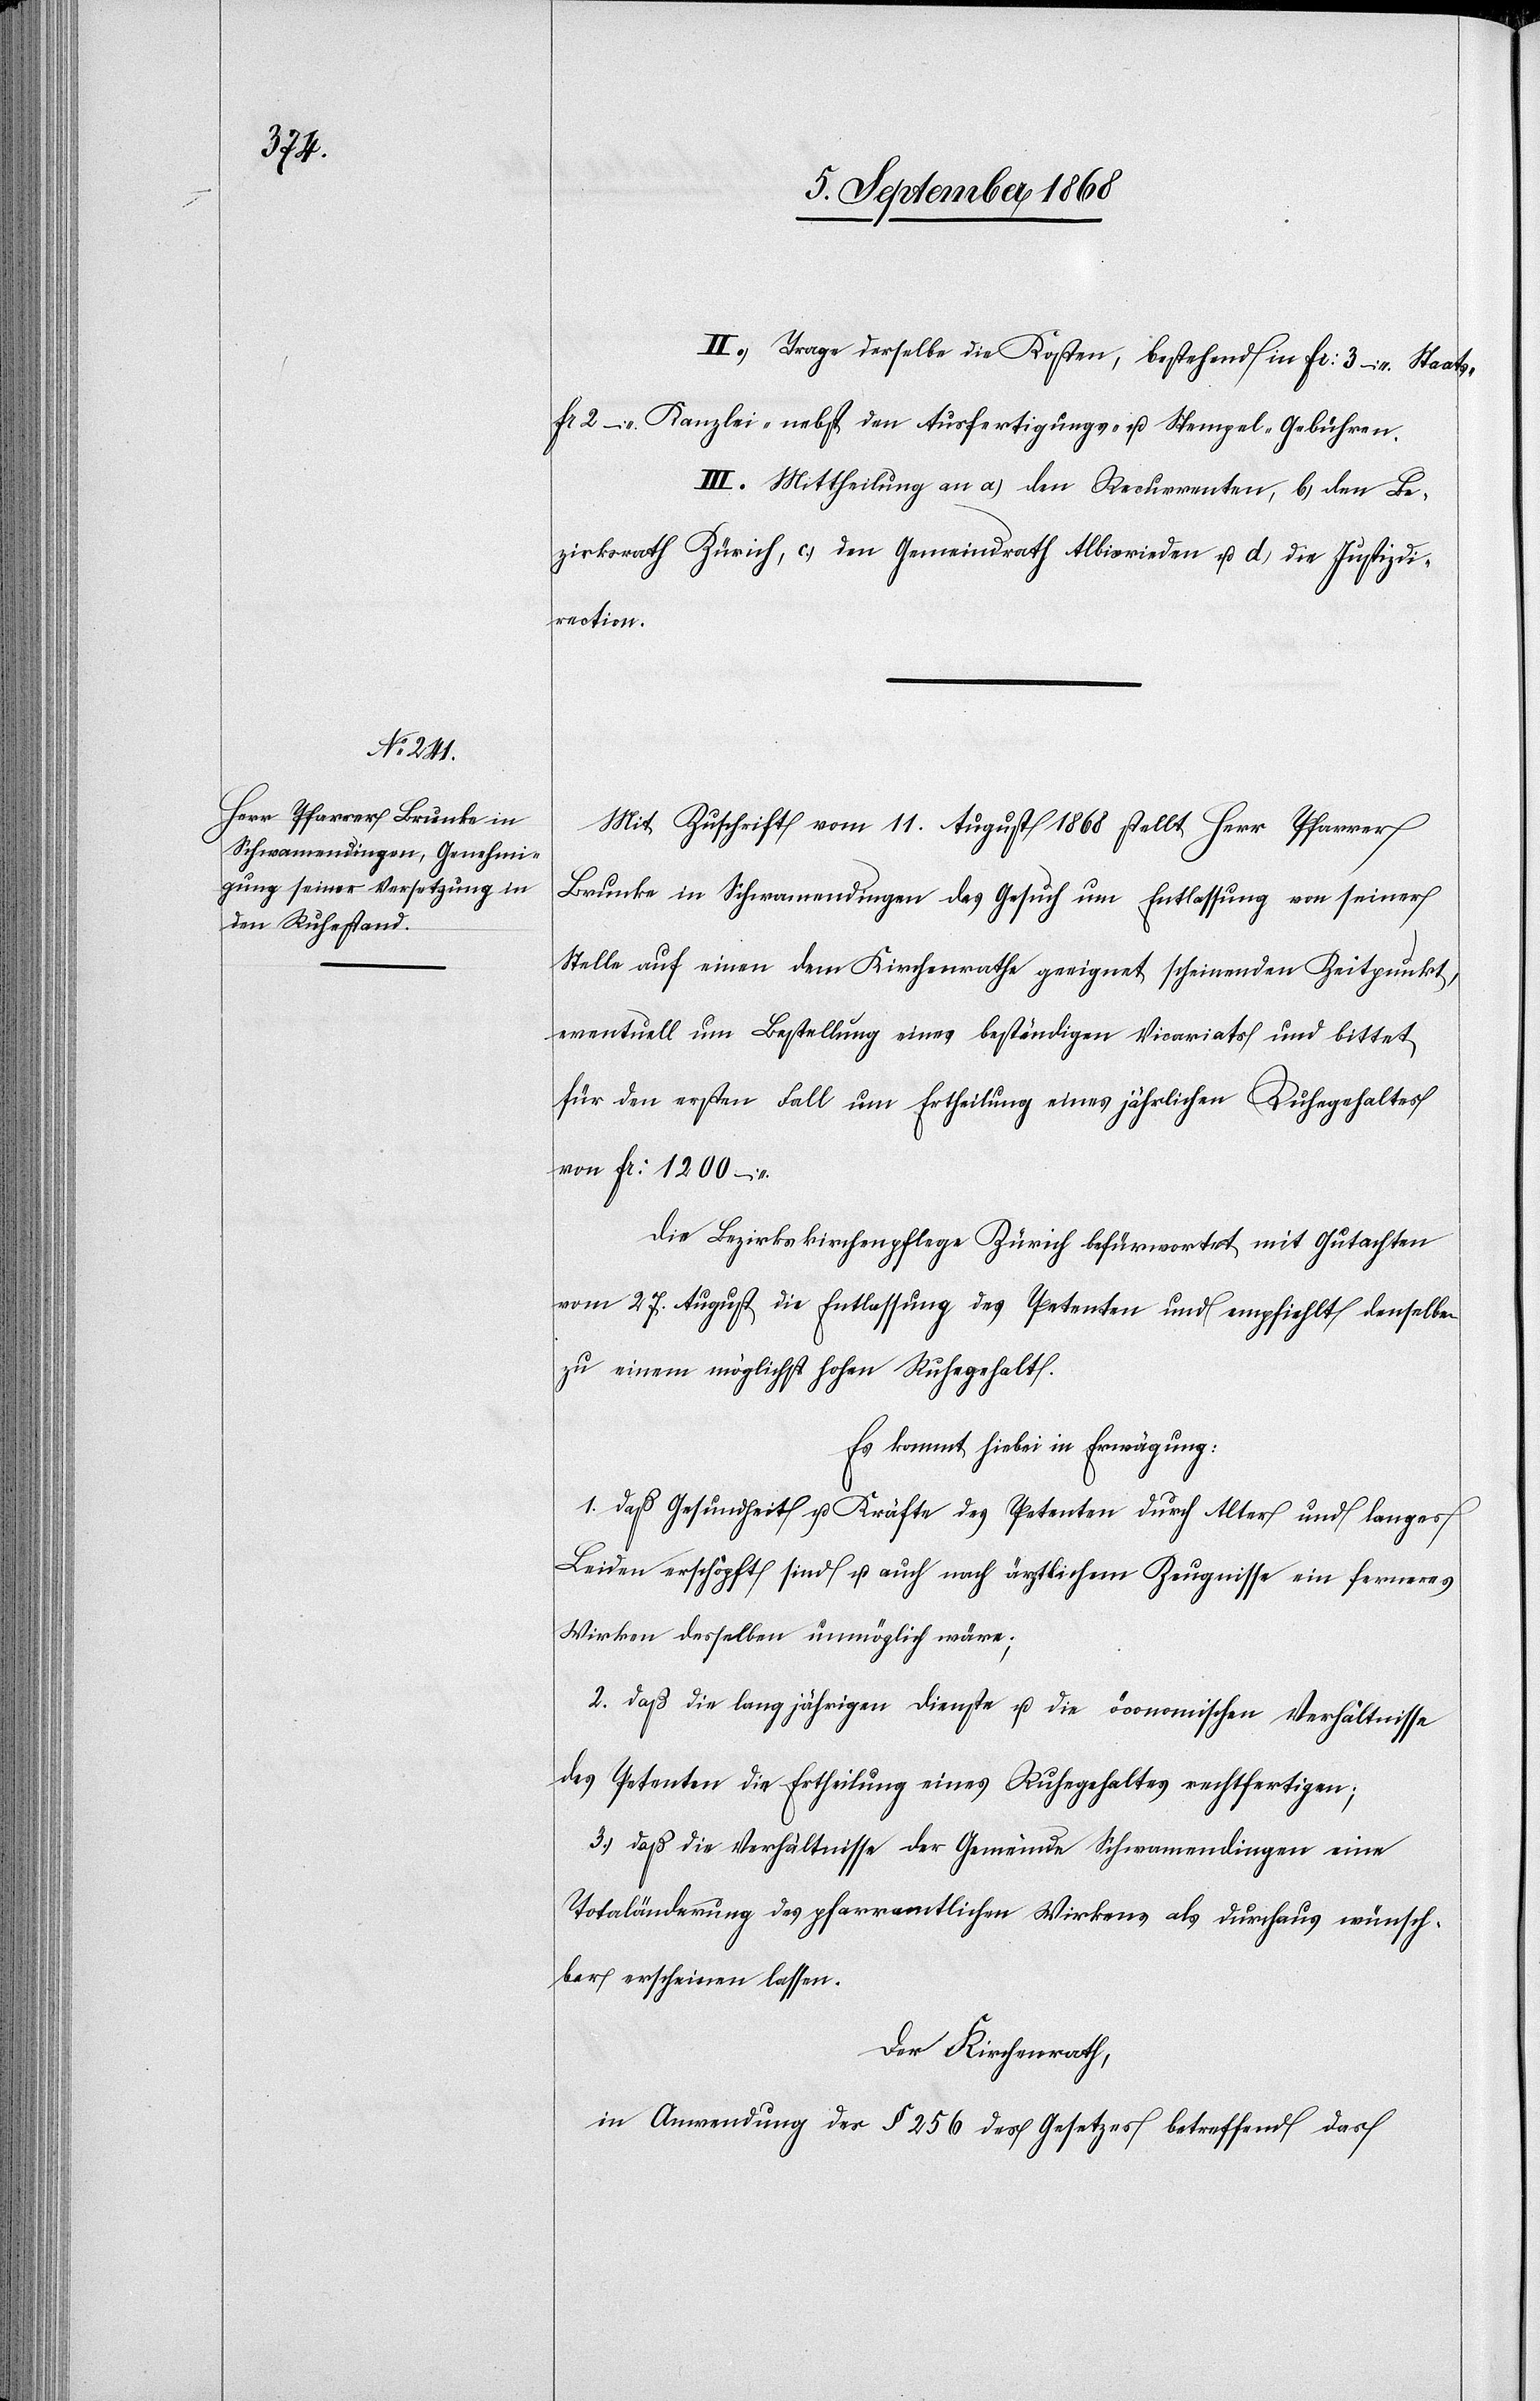
s-[,]

II. Trage derselbe die Kosten, bestehend in Fr: 3 – Staat¬
Fr 2 – Kanzlei-[,] nebst den Ausfertigungs- u. Stempel-Gebühren.
III. Mittheilung an a.) den Recurrenten, b.) den Be¬
zirksrath Zürich, c.) den Gemeindrath Albisrieden u. d.) die Justizdi¬
rection.
Mit Zuschrift vom 11. August 1868 stellt Herr Pfarrer
Brunke in Schwamendingen das Gesuch um Entlassung von seiner
Stelle auf einen dem Kirchenrathe geeignet scheinenden Zeitpunkt,
eventuell um Bestellung eines beständigen Vicariats und bittet
für den ersten Fall um Ertheilung eines jährlichen Ruhegehaltes
von Fr: 1200 –
Die Bezirkskirchenpflege Zürich befürwortet mit Gutachten
vom 27. August die Entlassung des Petenten und empfiehlt denselben
zu einem möglichst hohen Ruhegehalt.
Es kommt hiebei in Erwägung:
1. daß Gesundheit u. Kräfte des Petenten durch Alter und langes
Leiden erschöpft sind u. auch nach ärztlichem Zeugnisse ein ferneres
Wirken desselben unmöglich wäre;
2. daß die langjährigen Dienste u. die öconomischen Verhältnisse
des Petenten die Ertheilung eines Ruhegehaltes rechtfertigen;
3. daß die Verhältnisse der Gemeinde Schwamendingen eine
Totaländerung des pfarramtlichen Wirkens als durchaus wünsch¬
bar erscheinen lassen.
Der Kirchenrath,
in Anwendung des § 256 des Gesetzes betreffend das